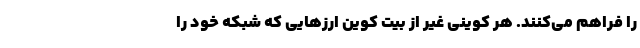
را فراهم می‌کنند. هر کوینی غیر از بیت کوین ارزهایی که شبکه خود را